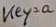
Text: key=a